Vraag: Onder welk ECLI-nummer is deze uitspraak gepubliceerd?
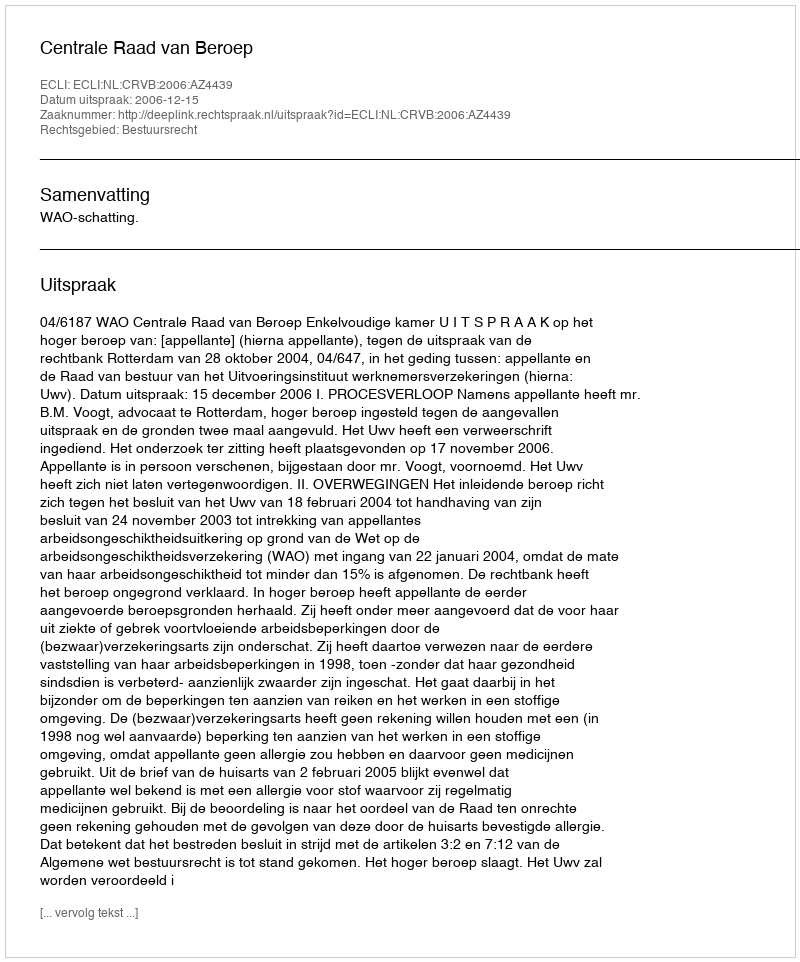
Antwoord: ECLI:NL:CRVB:2006:AZ4439